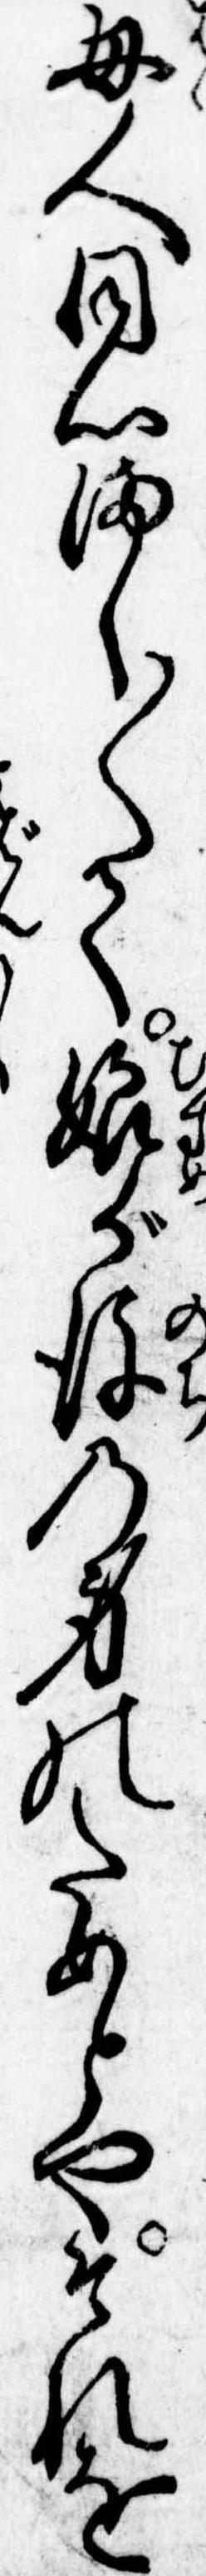
母人同心まし〱て娘が後の身のためとやそれを